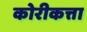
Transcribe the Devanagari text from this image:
कोरीकत्ता